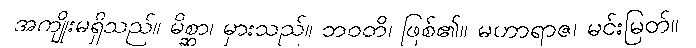
အကျိုးမရှိသည်။ မိစ္ဆာ၊ မှားသည်။ ဘဝတိ၊ ဖြစ်၏။ မဟာရာဇ၊ မင်းမြတ်။